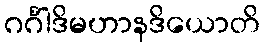
ဂင်္ဂါဒိမဟာနဒိယောတိ